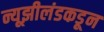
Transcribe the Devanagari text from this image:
न्यूझीलंडकडून